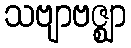
သဗျာဗဇ္ဈာ